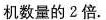
机数量的2倍.